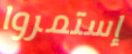
إستمروا